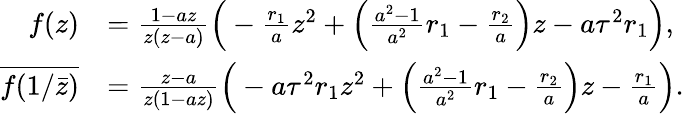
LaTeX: \begin{array}{rl}{f(z)}&{=\frac{1-az}{z(z-a)}\Big(-\frac{r_{1}}{a}z^{2}+\Big(\frac{a^{2}-1}{a^{2}}r_{1}-\frac{r_{2}}{a}\Big)z-a\tau^{2}r_{1}\Big),}\\ {\overline{{f(1/\bar{z})}}}&{=\frac{z-a}{z(1-az)}\Big(-a\tau^{2}r_{1}z^{2}+\Big(\frac{a^{2}-1}{a^{2}}r_{1}-\frac{r_{2}}{a}\Big)z-\frac{r_{1}}{a}\Big).}\end{array}